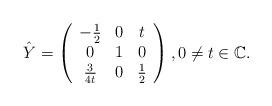
LaTeX: \begin{align*}\hat Y=\left (\begin{array}{ccc}-\textstyle\frac{1}{2} & 0 & t \\0 & 1 & 0\\\textstyle\frac{3}{4t} & 0 & \textstyle\frac{1}{2}\\\end{array}\right), 0 \neq t \in \mathbb C.\end{align*}